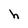
Character: h